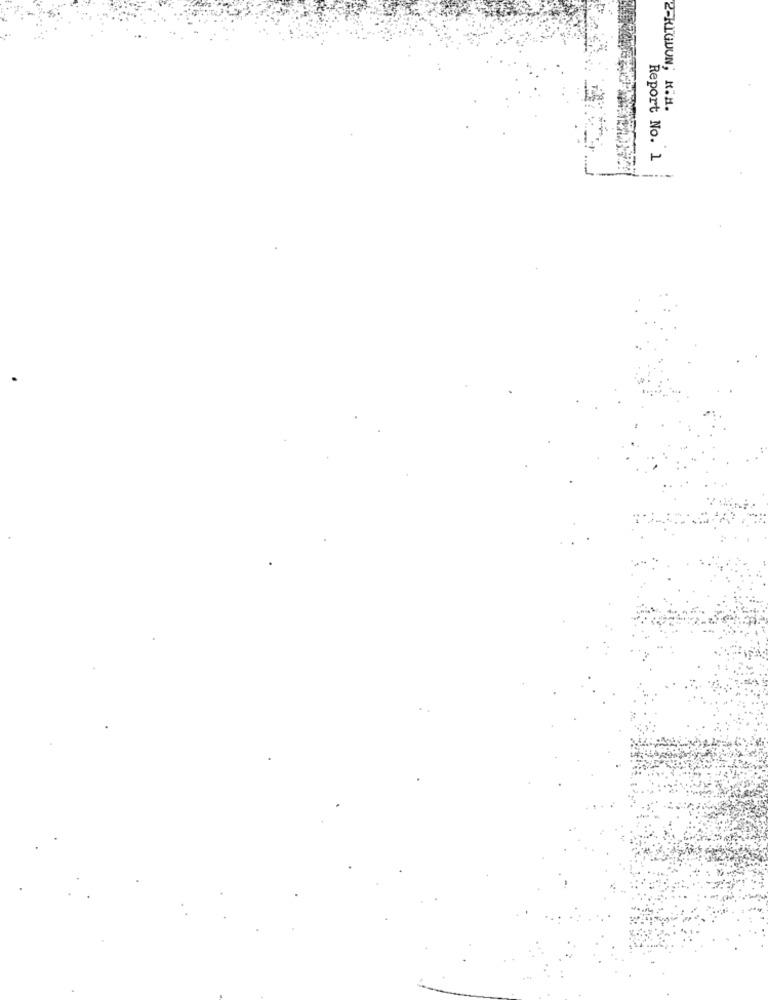
2-RIGUUN; K.M.
Report No. 1